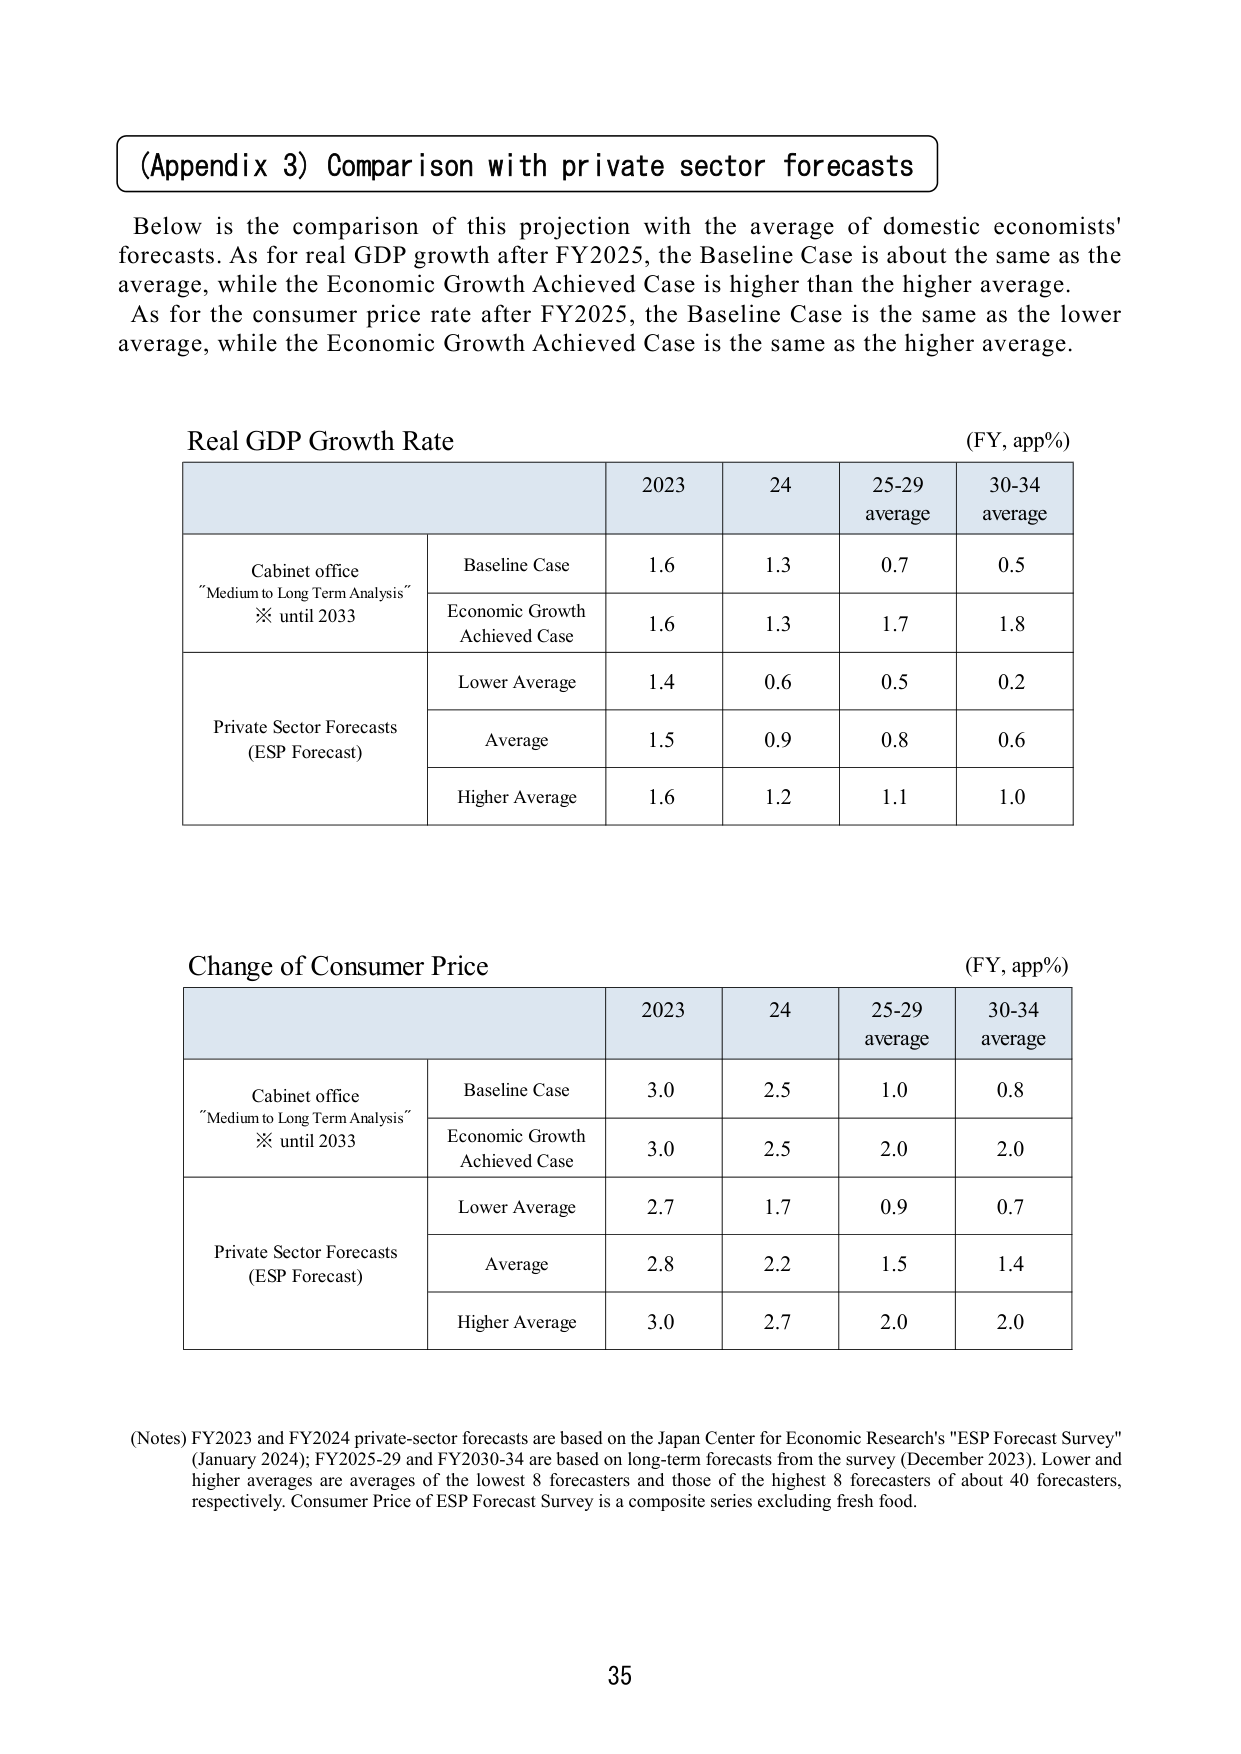
(Appendix 3) Comparison with private sector forecasts

Below is the comparison of this projection with the average of domestic economists' forecasts. As for real GDP growth after FY2025, the Baseline Case is about the same as the average, while the Economic Growth Achieved Case is higher than the higher average. As for the consumer price rate after FY2025, the Baseline Case is the same as the lower average, while the Economic Growth Achieved Case is the same as the higher average.

Real GDP Growth Rate (FY, app%)
2023 24 25-29 average 30-34 average
Cabinet office "Medium to Long Term Analysis" ※ until 2033
Baseline Case 1.6 1.3 0.7 0.5
Economic Growth Achieved Case 1.6 1.3 1.7 1.8
Private Sector Forecasts (ESP Forecast)
Lower Average 1.4 0.6 0.5 0.2
Average 1.5 0.9 0.8 0.6
Higher Average 1.6 1.2 1.1 1.0

Change of Consumer Price (FY, app%)
2023 24 25-29 average 30-34 average
Cabinet office "Medium to Long Term Analysis" ※ until 2033
Baseline Case 3.0 2.5 1.0 0.8
Economic Growth Achieved Case 3.0 2.5 2.0 2.0
Private Sector Forecasts (ESP Forecast)
Lower Average 2.7 1.7 0.9 0.7
Average 2.8 2.2 1.5 1.4
Higher Average 3.0 2.7 2.0 2.0

(Notes) FY2023 and FY2024 private-sector forecasts are based on the Japan Center for Economic Research's "ESP Forecast Survey" (January 2024); FY2025-29 and FY2030-34 are based on long-term forecasts from the survey (December 2023). Lower and higher averages are averages of the lowest 8 forecasters and those of the highest 8 forecasters of about 40 forecasters, respectively. Consumer Price of ESP Forecast Survey is a composite series excluding fresh food.

35